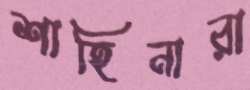
শাহিনারা